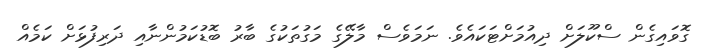
ގޮވައިގެން ސްކޫލަށް ދިއުމަށްޓަކައެވެ. ނަމަވެސް މާލޭގެ މަގުތަކުގެ ބާރު ބޮޑުކަމުންނާއި ދަރިފުޅަށް ކަމެއް